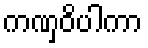
ကဏှဝိပါကာ